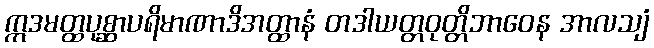
ဣဒမတ္ထပုစ္ဆာပရိမာဏာဒိအတ္ထာနံ တဒါယတ္တဝုတ္တိဘာဝေန အာလသျံ